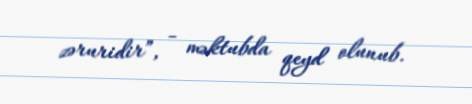
zəruridir”, - məktubda qeyd olunub.